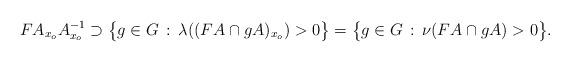
LaTeX: \begin{align*}FA_{x_o}A_{x_o}^{-1} \supset \big\{ g \in G \, : \, \lambda((FA \cap gA)_{x_o}) > 0 \big\} = \big\{ g \in G \,: \, \nu(FA \cap gA) > 0 \big\}.\end{align*}